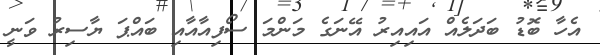
އެހާ ބޮޑު ބަދަލެއް އައިއިރު އޭނަގެ މަންމަ ސޯފިއާއާއި ބައްޕަ ޔާސިރު ވަނީ